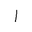
Letter: _alif